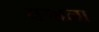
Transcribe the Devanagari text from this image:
यगाना